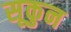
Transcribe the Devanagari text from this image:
सूकुन